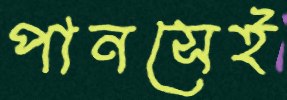
পানসেই